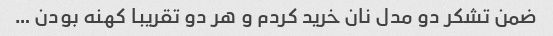
ضمن تشکر دو مدل نان خرید کردم و هر دو تقریبا کهنه بودن …